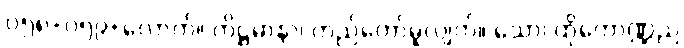
၀၅၈+၀၅၉+လောက်။ တိဋ္ဌမာနာ၊ တည်တော်မူလျက်။ သော၊ ထိုကောဏ္ဍည